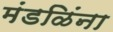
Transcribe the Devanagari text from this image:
मंडळिंना